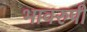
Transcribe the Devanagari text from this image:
भावरुपी